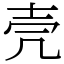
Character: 壳